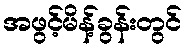
အဖွင့်မိန့်ခွန်းတွင်